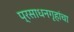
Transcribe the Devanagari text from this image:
प्रसाधनगृहांचा